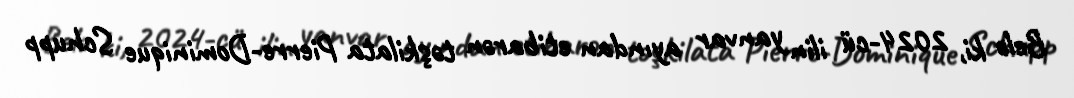
Belə ki, 2024-cü ilin yanvar ayından etibarən təşkilata Pierre-Dominique Schupp